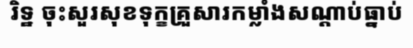
រិទ្ឋ ចុះសួរសុខទុក្ខគ្រួសារកម្លាំងសណ្តាប់ធ្នាប់